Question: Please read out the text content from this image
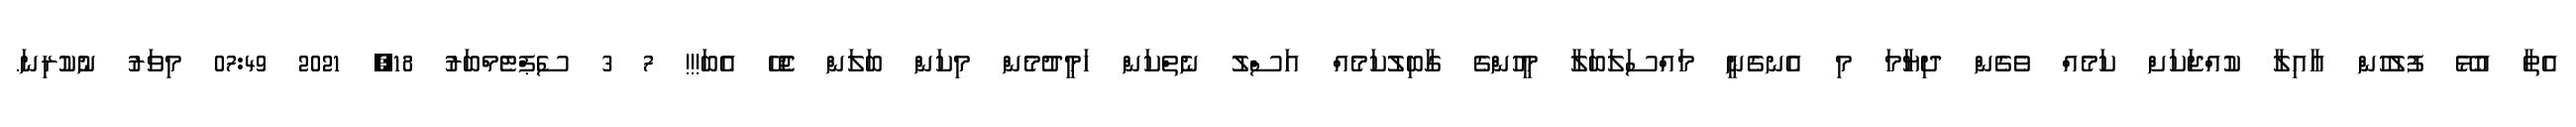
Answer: އެތާ އުޅޭ ފުލުހުން އާއިލާ ކުއްޖަކަށް ކަމެއް ވެގެން ދިޔާމަ މި އެނގެނީ މައްސަލަބަލާ މީހުންގެ ގާބިލުކަމެއް އަސްލު ނެތްކަން ހަމީދުމެން މިކަން ބަލަން ޖެހޭ އެބަ!!! 7 3 ސެޕްޓެމްބަރު 18, 2021 07:49 މިވަރު ނުކުރިނަ.